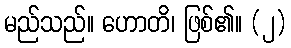
မည်သည်။ ဟောတိ၊ ဖြစ်၏။ (၂)